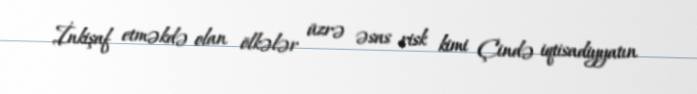
İnkişaf etməkdə olan ölkələr üzrə əsas risk kimi Çində iqtisadiyyatın